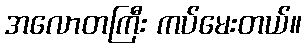
အလောတကြီး ကပ်မေးတယ်။